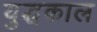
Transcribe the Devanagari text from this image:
युद्घकाल